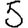
Digit: 5